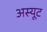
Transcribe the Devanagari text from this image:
अस्यूट